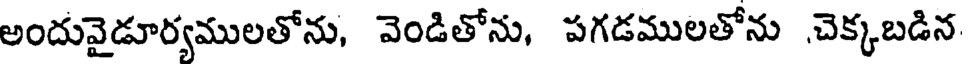
అందువైడూర్యములతోను, వెండితోను, పగడములతోను చెక్కబడిన